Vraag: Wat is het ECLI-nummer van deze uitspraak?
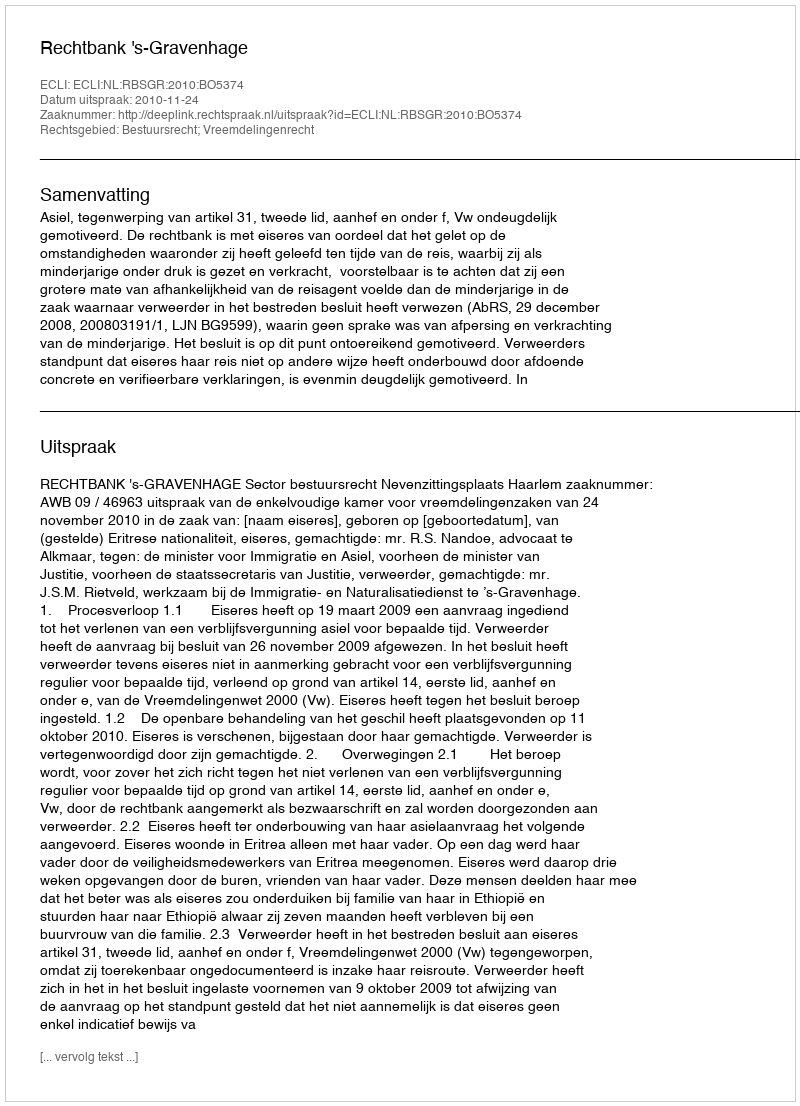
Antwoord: ECLI:NL:RBSGR:2010:BO5374